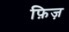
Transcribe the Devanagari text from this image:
फ़िज़